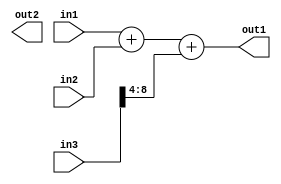
module uut(in1, in2, in3, out1, out2);

input [8:0] in1, in2, in3;
output [8:0] out1, out2;

assign out1 = in1 + in2 + (in3 >> 4);

endmodule